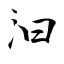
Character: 汩